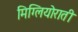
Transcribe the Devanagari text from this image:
मिग्लियोराती